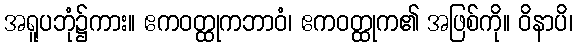
အရူပဘုံ၌ကား။ ဧကဝတ္ထုကဘာဝံ၊ ဧကဝတ္ထုက၏ အဖြစ်ကို။ ဝိနာပိ၊